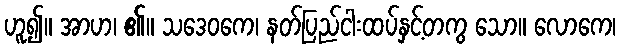
ဟူ၍။ အာဟ၊ ၏။ သဒေဝကေ၊ နတ်ပြည်ငါးထပ်နှင့်တကွ သော။ လောကေ၊